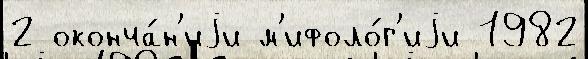
2 оконча́н'иjи м'ифоло́г'иjи 1982